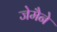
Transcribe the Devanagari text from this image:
जेमैने